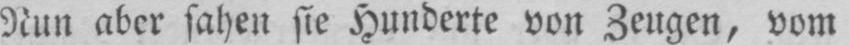
Nun aber sahen sie Hunderte von Zeugen, vom